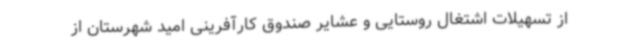
از تسهیلات اشتغال روستایی و عشایر صندوق کارآفرینی امید شهرستان از